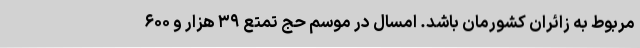
مربوط به زائران کشورمان باشد. امسال در موسم حج تمتع ۳۹ هزار و ۶۰۰